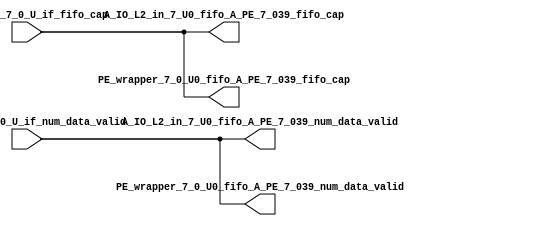
// ==================================================
// RTL generated by RapidStream
//
// Copyright 2024 RapidStream Design Automation, Inc.
// All Rights Reserved.
// ==================================================
`timescale 1 ns / 1 ps
module __rs_kernel3_aux_split_aux_21 #(
    parameter C_S_AXI_CONTROL_DATA_WIDTH  = 32,
    parameter C_S_AXI_CONTROL_ADDR_WIDTH  = 6,
    parameter C_S_AXI_DATA_WIDTH          = 32,
    parameter C_M_AXI_GMEM_A_ID_WIDTH     = 1,
    parameter C_M_AXI_GMEM_A_ADDR_WIDTH   = 64,
    parameter C_M_AXI_GMEM_A_DATA_WIDTH   = 512,
    parameter C_M_AXI_GMEM_A_AWUSER_WIDTH = 1,
    parameter C_M_AXI_GMEM_A_ARUSER_WIDTH = 1,
    parameter C_M_AXI_GMEM_A_WUSER_WIDTH  = 1,
    parameter C_M_AXI_GMEM_A_RUSER_WIDTH  = 1,
    parameter C_M_AXI_GMEM_A_BUSER_WIDTH  = 1,
    parameter C_M_AXI_GMEM_A_USER_VALUE   = 0,
    parameter C_M_AXI_GMEM_A_PROT_VALUE   = 0,
    parameter C_M_AXI_GMEM_A_CACHE_VALUE  = 3,
    parameter C_M_AXI_DATA_WIDTH          = 32,
    parameter C_M_AXI_GMEM_B_ID_WIDTH     = 1,
    parameter C_M_AXI_GMEM_B_ADDR_WIDTH   = 64,
    parameter C_M_AXI_GMEM_B_DATA_WIDTH   = 512,
    parameter C_M_AXI_GMEM_B_AWUSER_WIDTH = 1,
    parameter C_M_AXI_GMEM_B_ARUSER_WIDTH = 1,
    parameter C_M_AXI_GMEM_B_WUSER_WIDTH  = 1,
    parameter C_M_AXI_GMEM_B_RUSER_WIDTH  = 1,
    parameter C_M_AXI_GMEM_B_BUSER_WIDTH  = 1,
    parameter C_M_AXI_GMEM_B_USER_VALUE   = 0,
    parameter C_M_AXI_GMEM_B_PROT_VALUE   = 0,
    parameter C_M_AXI_GMEM_B_CACHE_VALUE  = 3,
    parameter C_M_AXI_GMEM_C_ID_WIDTH     = 1,
    parameter C_M_AXI_GMEM_C_ADDR_WIDTH   = 64,
    parameter C_M_AXI_GMEM_C_DATA_WIDTH   = 512,
    parameter C_M_AXI_GMEM_C_AWUSER_WIDTH = 1,
    parameter C_M_AXI_GMEM_C_ARUSER_WIDTH = 1,
    parameter C_M_AXI_GMEM_C_WUSER_WIDTH  = 1,
    parameter C_M_AXI_GMEM_C_RUSER_WIDTH  = 1,
    parameter C_M_AXI_GMEM_C_BUSER_WIDTH  = 1,
    parameter C_M_AXI_GMEM_C_USER_VALUE   = 0,
    parameter C_M_AXI_GMEM_C_PROT_VALUE   = 0,
    parameter C_M_AXI_GMEM_C_CACHE_VALUE  = 3,
    parameter C_S_AXI_CONTROL_WSTRB_WIDTH = 4,
    parameter C_S_AXI_WSTRB_WIDTH         = 4,
    parameter C_M_AXI_GMEM_A_WSTRB_WIDTH  = 64,
    parameter C_M_AXI_WSTRB_WIDTH         = 4,
    parameter C_M_AXI_GMEM_B_WSTRB_WIDTH  = 64,
    parameter C_M_AXI_GMEM_C_WSTRB_WIDTH  = 64
) (
    output wire [1:0] A_IO_L2_in_7_U0_fifo_A_PE_7_039_fifo_cap,
    output wire [1:0] A_IO_L2_in_7_U0_fifo_A_PE_7_039_num_data_valid,
    output wire [1:0] PE_wrapper_7_0_U0_fifo_A_PE_7_039_fifo_cap,
    output wire [1:0] PE_wrapper_7_0_U0_fifo_A_PE_7_039_num_data_valid,
    input wire  [1:0] fifo_A_PE_7_0_U_if_fifo_cap,
    input wire  [1:0] fifo_A_PE_7_0_U_if_num_data_valid
);
assign A_IO_L2_in_7_U0_fifo_A_PE_7_039_fifo_cap = fifo_A_PE_7_0_U_if_fifo_cap;
assign A_IO_L2_in_7_U0_fifo_A_PE_7_039_num_data_valid = fifo_A_PE_7_0_U_if_num_data_valid;
assign PE_wrapper_7_0_U0_fifo_A_PE_7_039_fifo_cap = fifo_A_PE_7_0_U_if_fifo_cap;
assign PE_wrapper_7_0_U0_fifo_A_PE_7_039_num_data_valid = fifo_A_PE_7_0_U_if_num_data_valid;
endmodule